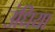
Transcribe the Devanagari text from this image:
उंधिया